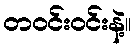
တဝင်းဝင်းနဲ့။